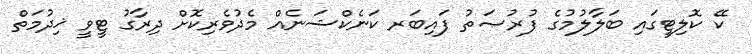
ކޭ ކޮލިޓީގައި ބަލާލުމުގެ ފުރުޞަތު ފައިބަރ ކަނެކްޝަނެއް މެދުވެރިކޮށް ދިރާގު ޓީވީ ޚިދުމަތް